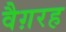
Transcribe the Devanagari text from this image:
वैग़रह